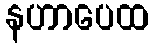
နဟာပေထ